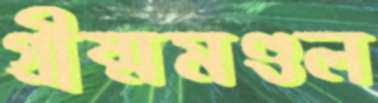
গ্রীষ্মমণ্ডল